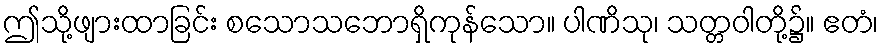
ဤသို့ဖျားထာခြင်း စသောသဘောရှိကုန်သော။ ပါဏိသု၊ သတ္တဝါတို့၌။ ဧတံ၊